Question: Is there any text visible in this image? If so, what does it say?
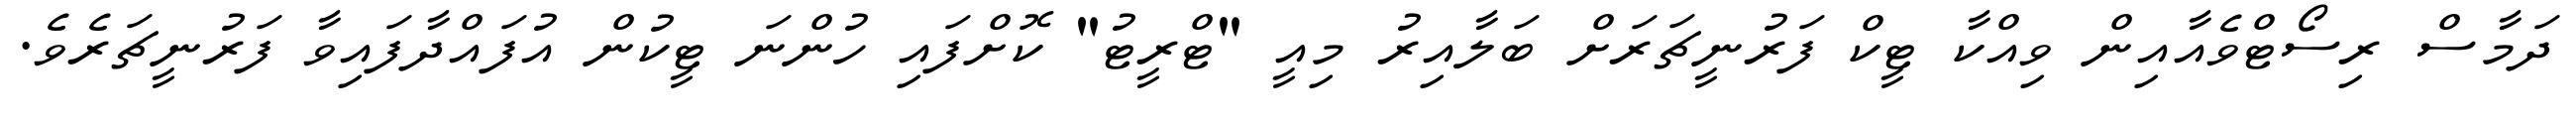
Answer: ދަމާސް ރިސޯޓްވެއާއިން ވިއްކާ ޓީކް ފަރުނީޗަރަށް ބަލާއިރު މިއީ "ޓްރީޓު" ކޮށްފައި ހުންނަ ޓީކުން އުފައްދާފައިވާ ފަރުނީޗަރެވެ.